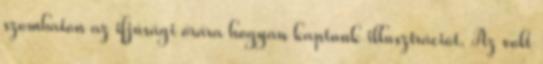
szombaton az ifjúsági órára hogyan kaptunk illusztrációt. Az volt